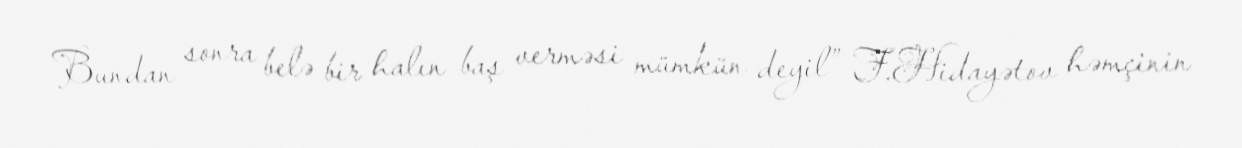
Bundan sonra belə bir halın baş verməsi mümkün deyil” F.Hidayətov həmçinin